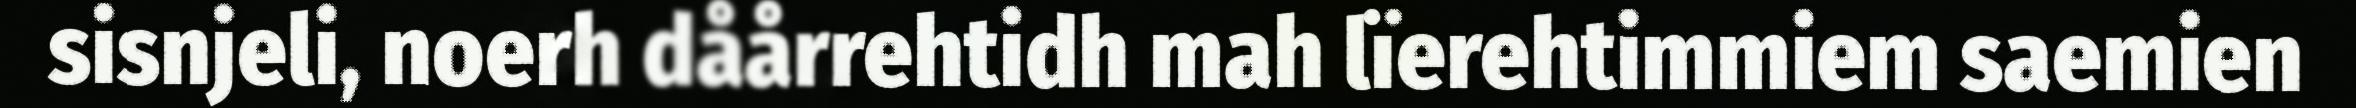
sisnjeli, noerh dåårrehtidh mah lïerehtimmiem saemien